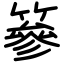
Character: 篸